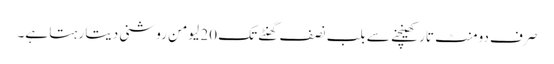
صرف دومنٹ تار کھینچنے سے بلب نصف گھنٹے تک 20 لیومن روشنی دیتا رہتا ہے۔